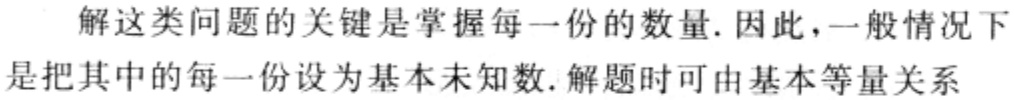
解这类问题的关键是掌握每一份的数量. 因此,一般情况下是把其中的每一份设为基本未知数. 解题时可由基本等量关系